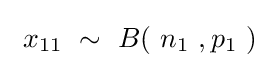
\ x_{11}\ \sim \ B(\ n_{1}\ ,p_{1}\ )\